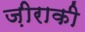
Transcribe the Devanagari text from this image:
ज़ीराकी